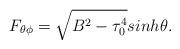
LaTeX: \begin{align*}F_{\theta \phi}= \sqrt{B^2-\tau_0^4} sinh \theta .\end{align*}